画像に写った文字を読んでください
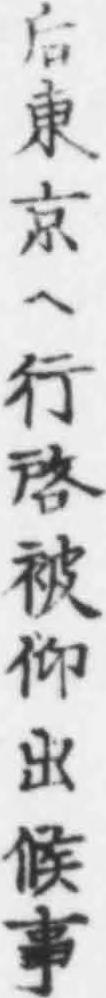
「后東京ヘ行啓被仰出候事」と書いてあります